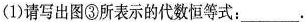
(1)请写出图③所表示的代数恒等式：____.